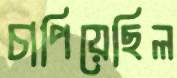
চাপিয়েছিল